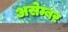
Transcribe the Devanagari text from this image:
असेम्बर